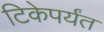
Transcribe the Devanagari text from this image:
टिकेपर्यंत